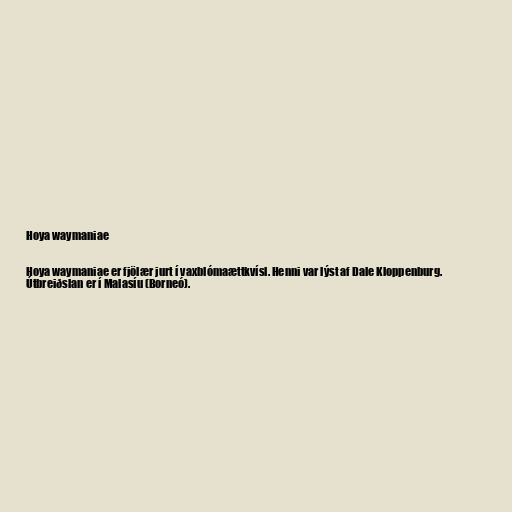
Hoya waymaniae

Hoya waymaniae er fjölær jurt í vaxblómaættkvísl. Henni var lýst af Dale Kloppenburg.
Útbreiðslan er í Malasíu (Borneó).